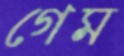
গেম